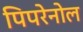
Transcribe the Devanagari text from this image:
पिपरेनोल